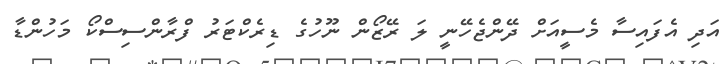
އަދި އެފައިސާ މެސީއަށް ދޭންޖެހޭނީ ލަ ރޭޒޯން ނޫހުގެ ޑިރެކްޓަރު ފްރާންސިސްކޯ މަހުންޑާ